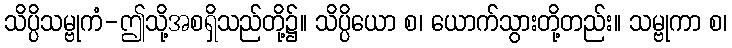
သိပ္ပိသမ္ဗုကံ-ဤသို့အစရှိသည်တို့၌။ သိပ္ပိယော စ၊ ယောက်သွားတို့တည်း။ သမ္ဗုကာ စ၊